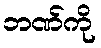
ဘဏ်ကို